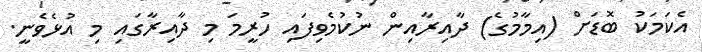
އެކަމަކު ބޮޑަށް (އިމާމުގެ) ދާއިރާއިން ނުކުމެވިފައި ހުރީމަ މި ދާއިރާގައި މި އުޅެވެނީ.